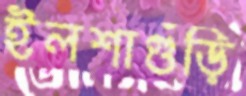
ইলশাগুঁড়ি